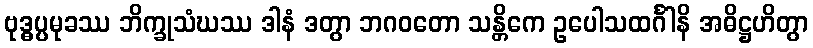
ဗုဒ္ဓပ္ပမုခဿ ဘိက္ခုသံဃဿ ဒါနံ ဒတွာ ဘဂဝတော သန္တိကေ ဥပေါသထင်္ဂါနိ အဓိဋ္ဌဟိတွာ